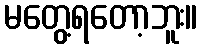
မတွေ့ရတော့ဘူး။